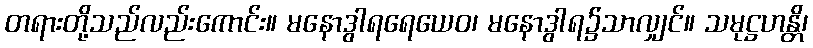
တရားတို့သည်လည်းကောင်း။ မနောဒွါရရေယေဝ၊ မနောဒွါရ၌သာလျှင်။ သမုဋ္ဌဟန္တိ၊